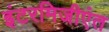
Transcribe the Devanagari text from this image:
इंटरमिजीएंत